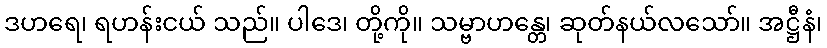
ဒဟရေ၊ ရဟန်းငယ် သည်။ ပါဒေ၊ တို့ကို။ သမ္ဗာဟန္တေ၊ ဆုတ်နယ်လသော်။ အဋ္ဌီနံ၊